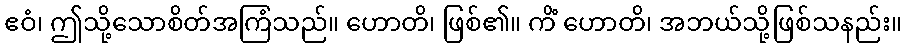
ဧဝံ၊ ဤသို့သောစိတ်အကြံသည်။ ဟောတိ၊ ဖြစ်၏။ ကိံ ဟောတိ၊ အဘယ်သို့ဖြစ်သနည်း။